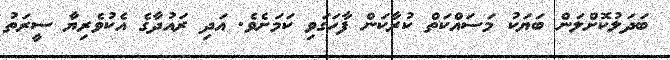
ބަދަލުކޮށްލަން ބަޔަކު މަސައްކަތް ކުރާކަން ފާހަގަވި ކަމަށެވެ. އަދި ރައުދާގެ އެކުވެރިޔާ ސީރަތު